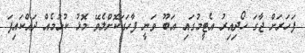
ފަހަރަށް ޖާގަ ހޯދިއިރު އެޓީމުގައި އަބޫ ވަނީ ފާހަގަކޮށްލެވޭ މޮޅު ކުޅުމެއް ދައްކައިފަ